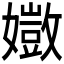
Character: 𫲈